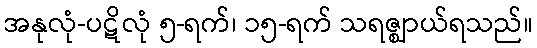
အနုလုံ-ပဋိလုံ ၅-ရက်၊ ၁၅-ရက် သရဇ္ဈာယ်ရသည်။